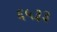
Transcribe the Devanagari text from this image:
६५३३